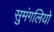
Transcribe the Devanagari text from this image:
सुमंगलियो